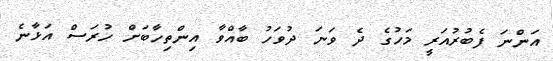
އަންނަ ފެބުރުއަރީ މަހުގެ ދެ ވަނަ ދުވަހު ބާއްވާ އިންތިހާބަށް ހުރަސް އަޅާނެ